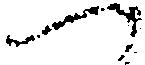
へ